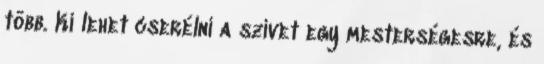
több. Ki lehet cserélni a szívet egy mesterségesre, és